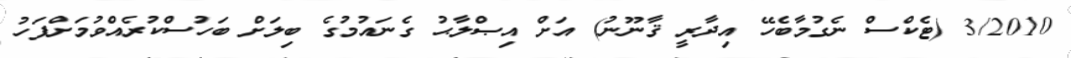
3/2010 (ޓެކްސް ނެގުމާބެހޭ އިދާރީ ޤާނޫނު) އަށް އިޞްލާޙު ގެނައުމުގެ ބިލަށް ބަހުސްކުރެއްވުމަށްފަހު